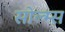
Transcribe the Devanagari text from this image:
सोल्म्स